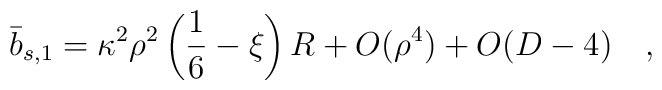
\bar{b}_{s,1}=\kappa^2\rho^2\left(\frac 16-\xi\right) R+O(\rho^4)+O(D-4)~~~,